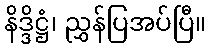
နိဒ္ဒိဋ္ဌံ၊ ညွှန်ပြအပ်ပြီ။